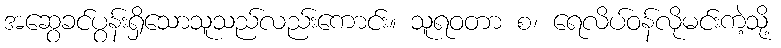
အဆွေခင်ပွန်းရှိသောသူသည်လည်းကောင်း။ သူရဝတာ စ၊ ရေလိပ်ဝန်လိုမင်းကဲ့သို့